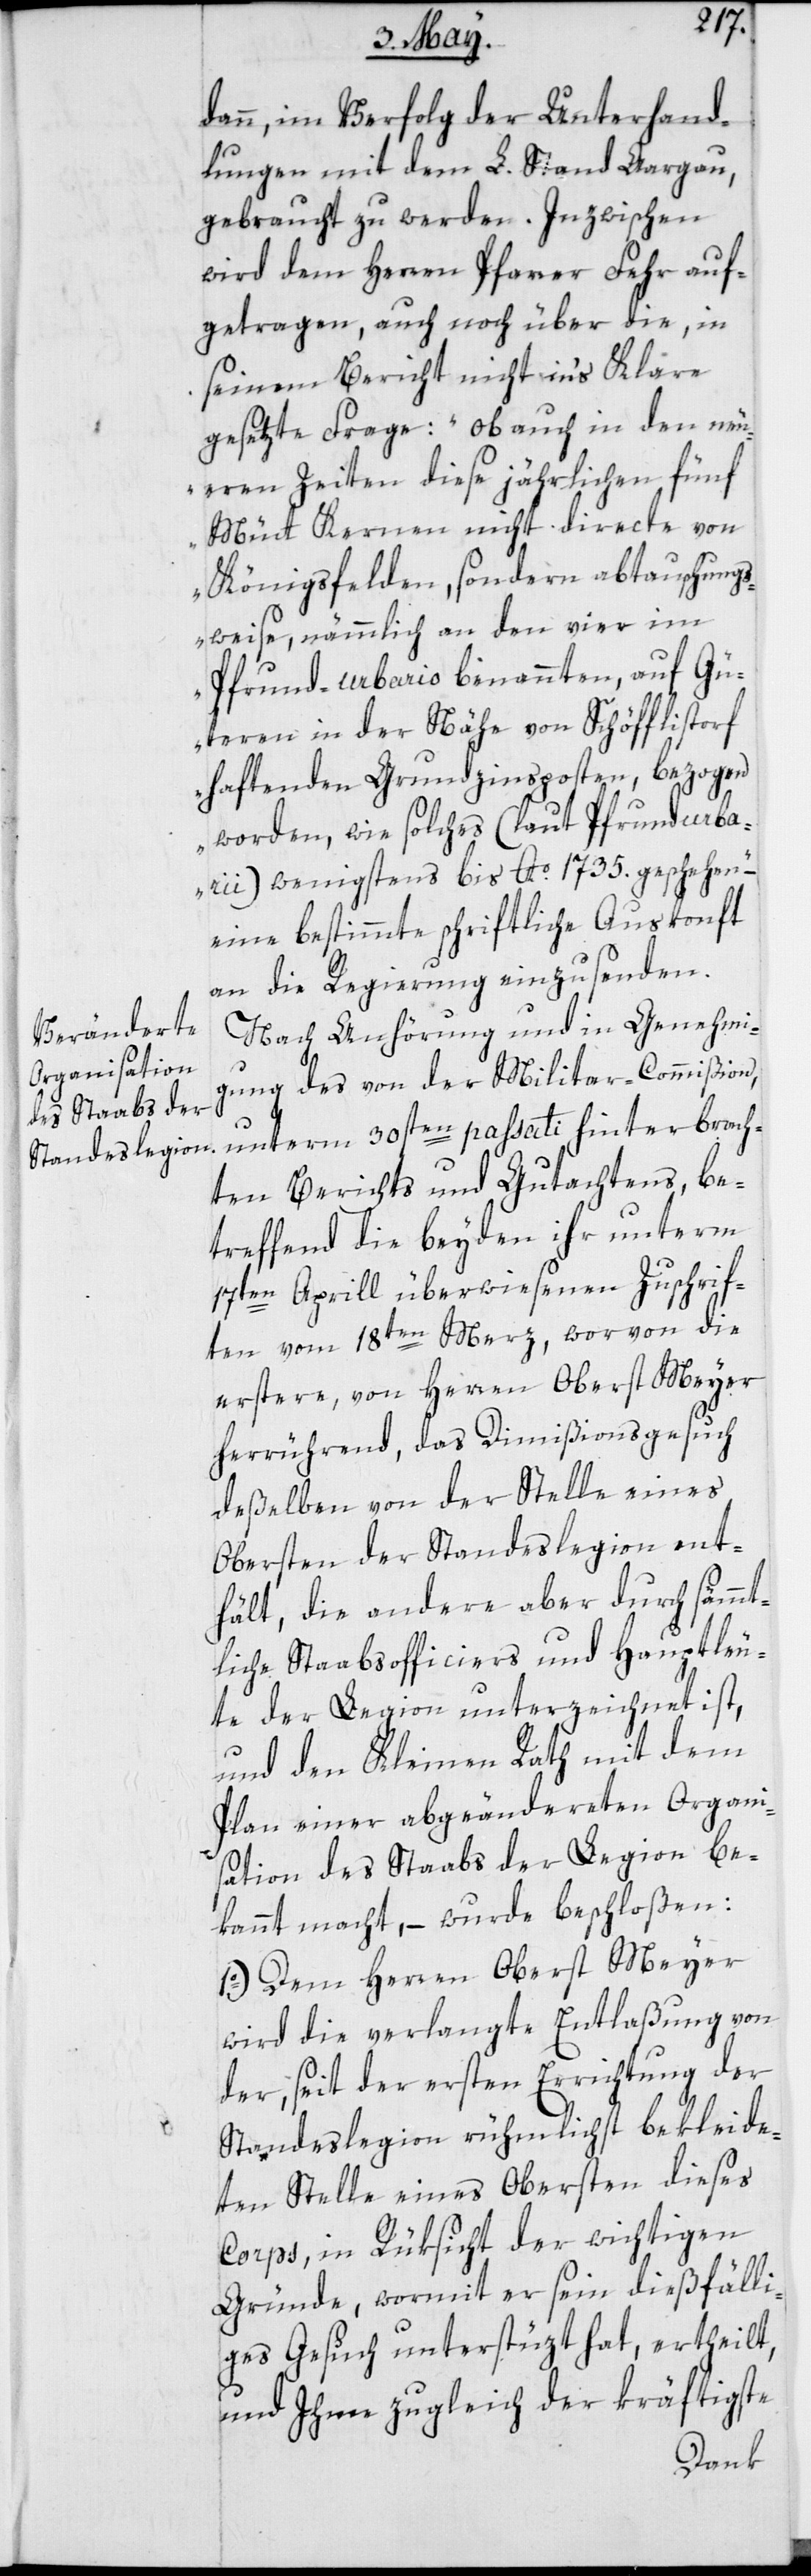
dann, im Verfolg der Unterhand¬
lungen mit dem L. Stand Aargau,
gebraucht zu werden. Inzwischen
wird dem Herrn Pfarrer Fehr auf¬
getragen, auch noch über die, in
seinem Bericht nicht in’s Klare
gesetzte Frage: „Ob auch in den neu¬
eren Zeiten diese jährlichen fünf
Mütt Kernen nicht directe von
Königsfelden, sondern abtauschung¬
sweise, nämmlich an den vier im
Pfrund-urbario benannten, auf Gü¬
teren in der Nähe von Schöfflistorf
haftenden Grundzinsposten, bezogen
worden, wie solches (laut Pfrundurba¬
rii) wenigstens bis Ao. 1735. geschehen“,
eine bestimmte schriftliche Auskonft
an die Regierung einzusenden.
Nach Anhörung und in Genehmi¬
gung des von der Militar-Commißion
unterm 30sten passati hinterbrach¬
ten Berichts und Gutachtens, be¬
treffend die beyden ihr unterm
17ten Aprill überwiesenen Zuschrif¬
ten vom 18ten Merz, worvon die
erstere, von Herren Oberst Meyer
herrührend, das Dimißionsgesuch
deßelben von der Stelle eines
Obersten der Standeslegion ent¬
hält, die andere aber durch sämmt¬
liche Staabsofficiers und Hauptleu¬
te der Legion unterzeichnet ist,
und den Kleinen Rath mit dem
Plan einer abgeänderten Organi¬
sation des Staabs der Legion be¬
kannt macht, – wurde beschloßen:
1o.) Dem Herren Oberst Meyer
wird die verlangte Entlaßung von
der, seit der ersten Errichtung der
Standeslegion rühmlichst bekleide¬
ten Stelle eines Obersten dieses
Corps, in Rüksicht der wichtigen
Gründe, wormit er sein dießfälli¬
ges Gesuch unterstüzt hat, ertheilt,
und Ihme zugleich der kräftigste